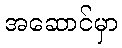
အဆောင်မှာ